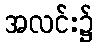
အလင်း၌